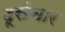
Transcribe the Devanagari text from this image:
दूसंचार